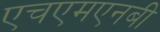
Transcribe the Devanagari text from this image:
एचएमएनबी